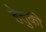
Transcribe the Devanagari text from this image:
हेतुकी